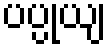
ပပ္ပုယျ